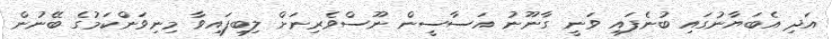
އަދި އެބަޔާނުގައި ބުނެފައި ވަނީ ގާނޫނު އަސާސީން ނޫސްވެރިނަށް ލިބިފައިވާ މިނިވަންކަމުގެ ބޭނުން